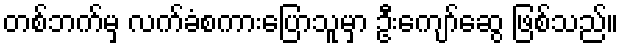
တစ်ဘက်မှ လက်ခံစကားပြောသူမှာ ဦးကျော်ဆွေ ဖြစ်သည်။